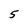
Character: 5